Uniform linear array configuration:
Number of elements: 8
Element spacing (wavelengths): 1
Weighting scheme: binomial
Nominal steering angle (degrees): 0
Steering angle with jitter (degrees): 1.227
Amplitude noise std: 0.05
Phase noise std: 0.05

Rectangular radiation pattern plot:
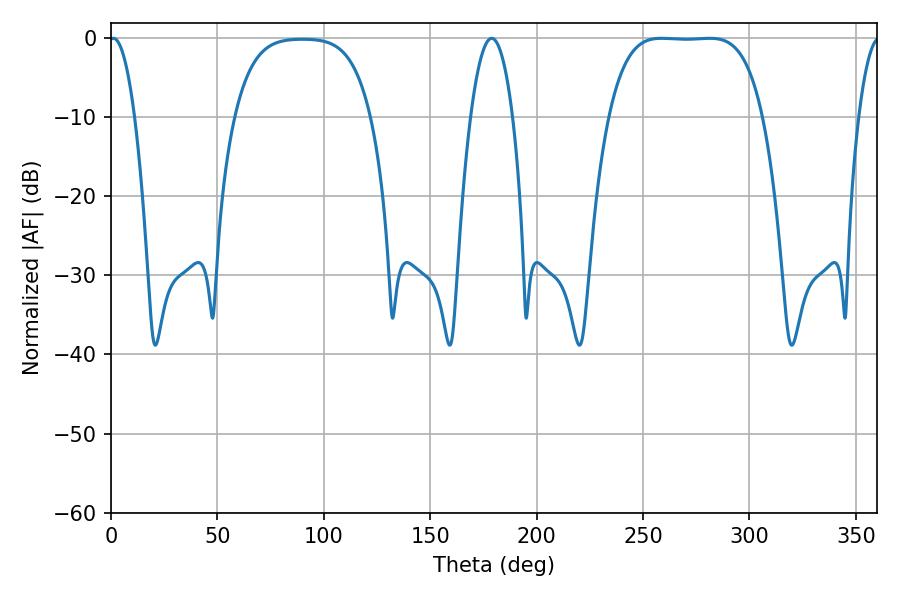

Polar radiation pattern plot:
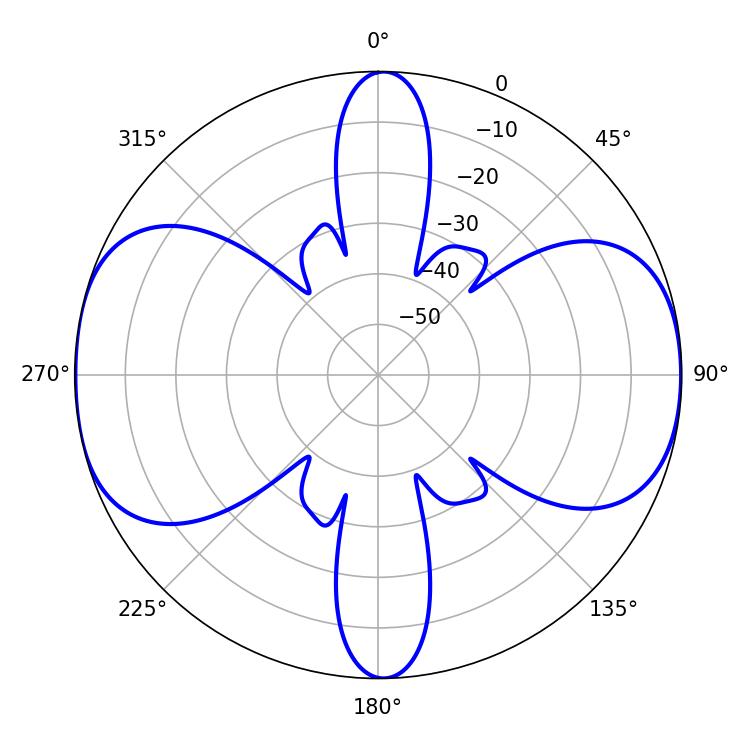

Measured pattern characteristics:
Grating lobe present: TRUE
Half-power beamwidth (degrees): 55.8
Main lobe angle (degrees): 258.66